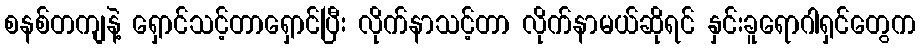
စနစ်တကျနဲ့ ရှောင်သင့်တာရှောင်ပြီး လိုက်နာသင့်တာ လိုက်နာမယ်ဆိုရင် နှင်းခူရောဂါရှင်တွေက